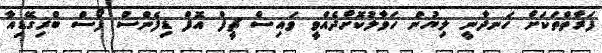
ފަރާތްތަކަށް ހަނދާނީ ލިޔުން ހަވާލުކޮށްދެއްވީ ވައިސް ޗީފް އޮފް ޑިފެންސް ފޯސް ބްރިގޭޑިއާ